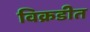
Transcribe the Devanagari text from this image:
विक्रडीत